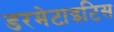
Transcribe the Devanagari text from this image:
डरमेटाइटिस